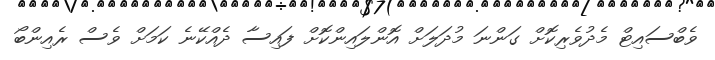
ވެބްސައިޓް މެދުވެރިކޮށް ގަންނަ މުދަލަށް އޮންލައިންކޮށް ފައިސާ ދެއްކޭނެ ކަމަށް ވެސް ރެއިންބޯ